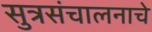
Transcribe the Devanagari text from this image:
सुत्रसंचालनाचे